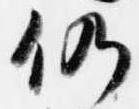
仍